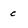
Character: c